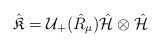
\begin{align*}{\hat{\mathfrak{K}}}=\mathcal{U}_{+}(\hat{R}_{\mu}){\hat{\mathcal{H}}}\otimes{\hat{\mathcal{H}}}\end{align*}